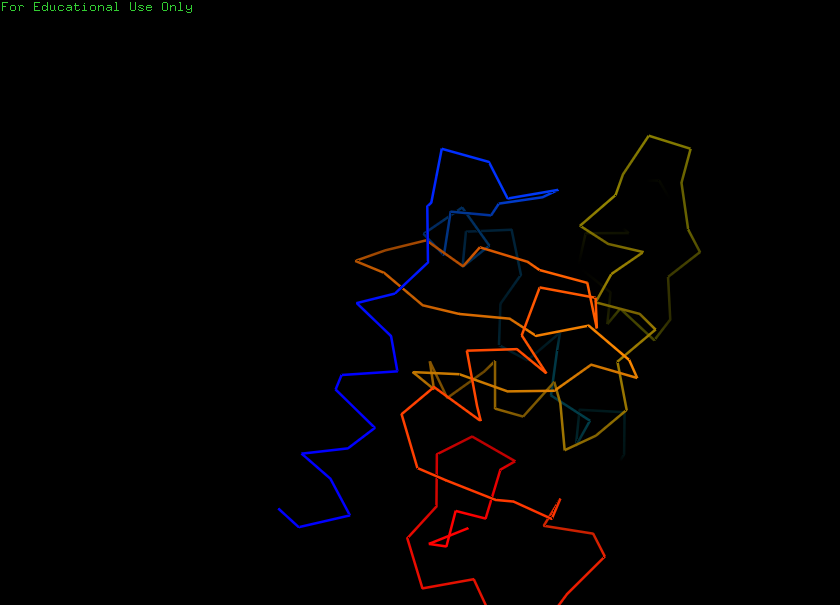
pymol, preset, ligand_sites_trans